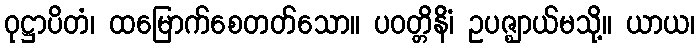
ဝုဋ္ဌာပိတံ၊ ထမြောက်စေတတ်သော။ ပဝတ္တိနိံ၊ ဥပဇ္ဈာယ်မသို့။ ယာယ၊